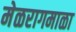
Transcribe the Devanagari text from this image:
मेळरागमाळा